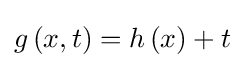
g\left(x,t\right)=h\left(x\right)+t